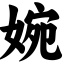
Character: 婉